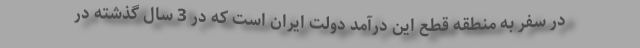
در سفر به منطقه قطع این درآمد دولت ایران است که در 3 سال گذشته در